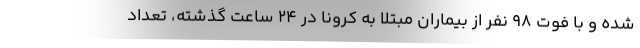
شده و با فوت ۹۸ نفر از بیماران مبتلا به کرونا در ۲۴ ساعت گذشته، تعداد